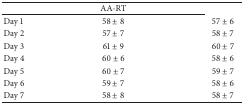
<table><thead><tr><td>[EMPTY_CELL]</td><td><b>AA-RT</b></td><td>[EMPTY_CELL]</td></tr></thead><tbody><tr><td>Day 1</td><td>58 ± 8</td><td>57 ± 6</td></tr><tr><td>Day 2</td><td>57 ± 7</td><td>58 ± 7</td></tr><tr><td>Day 3</td><td>61 ± 9</td><td>60 ± 7</td></tr><tr><td>Day 4</td><td>60 ± 6</td><td>58 ± 6</td></tr><tr><td>Day 5</td><td>60 ± 7</td><td>59 ± 7</td></tr><tr><td>Day 6</td><td>59 ± 7</td><td>58 ± 6</td></tr><tr><td>Day 7</td><td>58 ± 8</td><td>58 ± 7</td></tr></tbody></table>